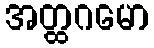
အတ္ထဂမော